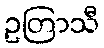
ဥတြာသီ